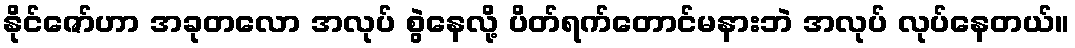
နိုင်ဇော်ဟာ အခုတလော အလုပ် စွဲနေလို့ ပိတ်ရက်တောင်မနားဘဲ အလုပ် လုပ်နေတယ်။